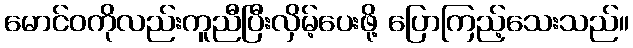
မောင်ဝကိုလည်းကူညီပြီးလှိမ့်ပေးဖို့ ပြောကြည့်သေးသည်။